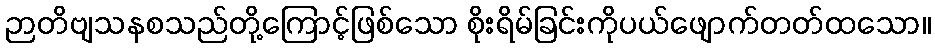
ဉာတိဗျသနစသည်တို့ကြောင့်ဖြစ်သော စိုးရိမ်ခြင်းကိုပယ်ဖျောက်တတ်ထသော။